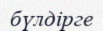
бүлдірге